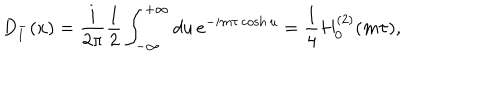
D _ { 1 } ^ { - } ( x ) = { \frac { i } { 2 \pi } } { \frac { 1 } { 2 } } \int _ { - \infty } ^ { + \infty } d u \, e ^ { - i m \tau \cosh u } = { \frac { 1 } { 4 } } H _ { 0 } ^ { ( 2 ) } ( m \tau ) ,